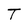
Character: T